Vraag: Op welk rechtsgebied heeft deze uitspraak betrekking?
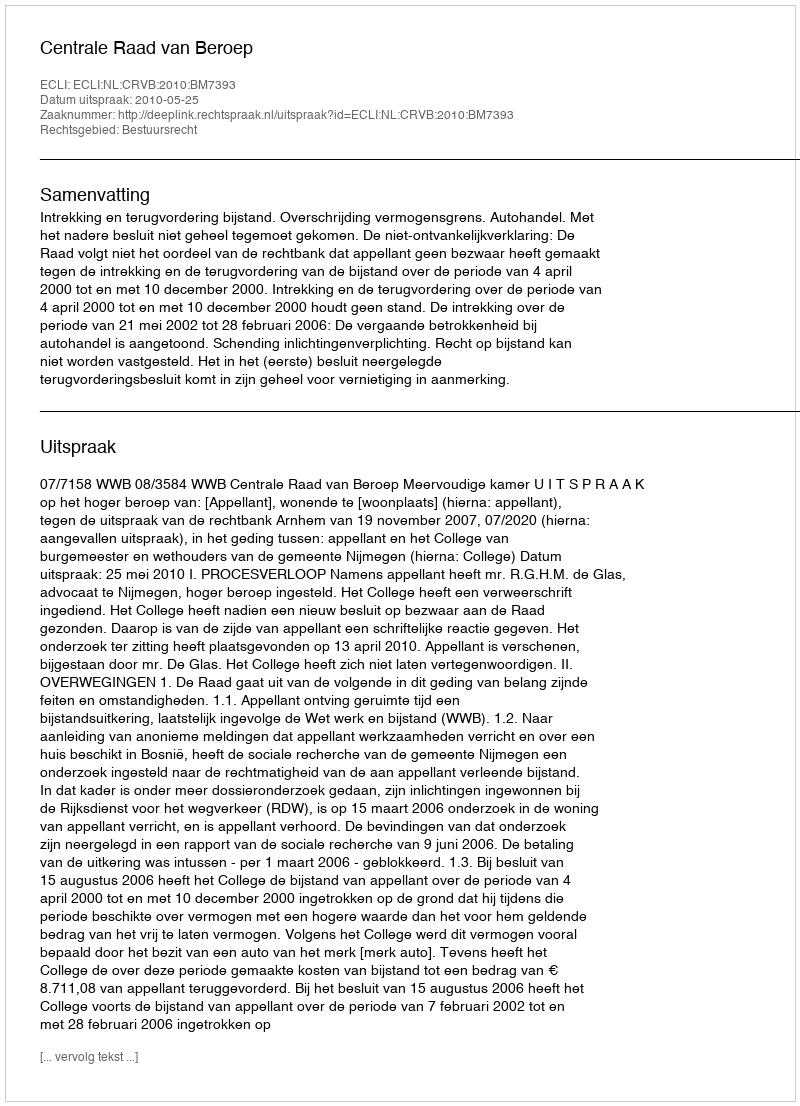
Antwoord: Bestuursrecht